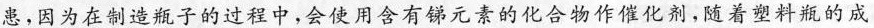
患，因为在制造瓶子的过程中，会使用含有锑元素的化合物作催化剂，随着塑料瓶的成